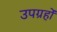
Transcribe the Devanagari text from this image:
उपग्रहोंं